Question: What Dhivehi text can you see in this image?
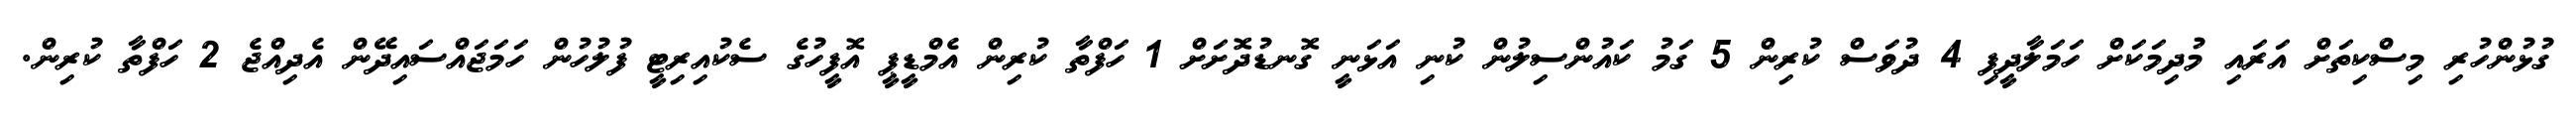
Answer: ގުޅުންހުރި މިސްކިތަށް އަރައި މުދިމަކަށް ހަމަލާދީފި 4 ދުވަސް ކުރިން 5 ގަމު ކައުންސިލުން ކުނި އަޅަނީ ގޮނޑުދޮށަށް 1 ހަފްތާ ކުރިން އެމްޑީޕީ އޮފީހުގެ ސެކުއިރިޓީ ފުލުހުން ހަމަޖައްސައިދޭން އެދިއްޖެ 2 ހަފްތާ ކުރިން.